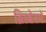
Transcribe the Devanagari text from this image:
ब्रिस्बेनमें